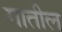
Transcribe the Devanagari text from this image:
गातील